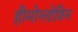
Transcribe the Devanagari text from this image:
हीमोग्लोविन